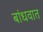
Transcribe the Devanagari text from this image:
बांधवात